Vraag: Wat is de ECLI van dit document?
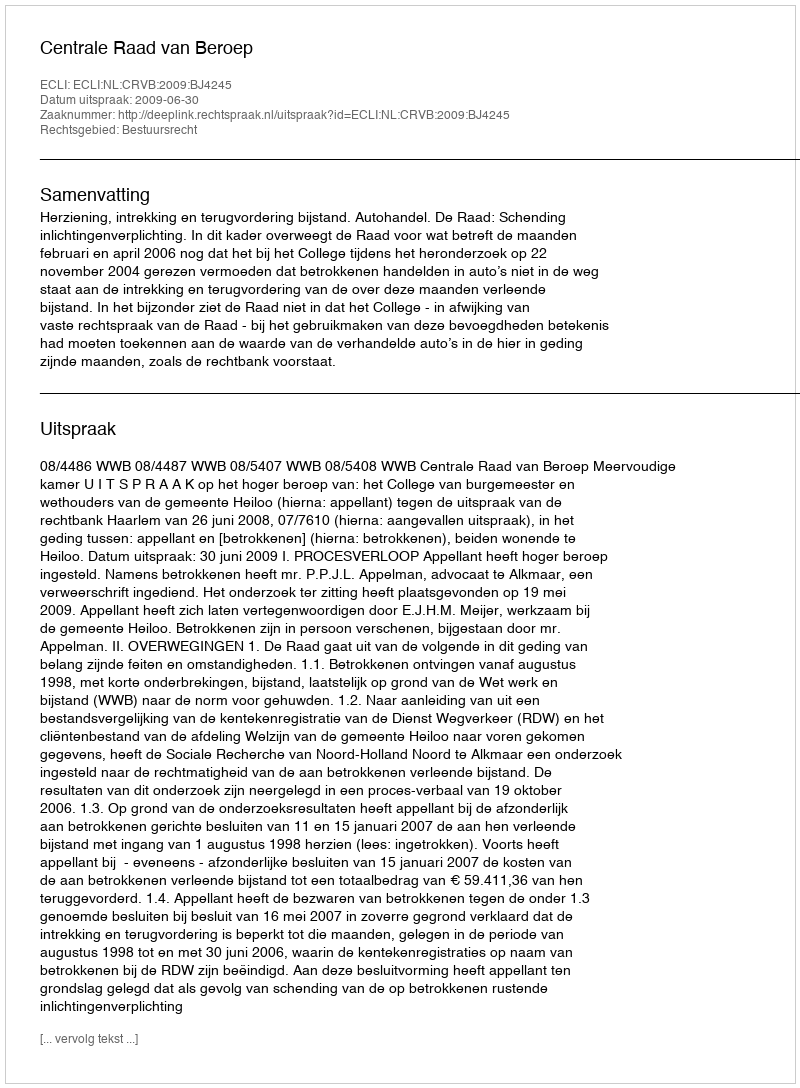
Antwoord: ECLI:NL:CRVB:2009:BJ4245